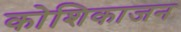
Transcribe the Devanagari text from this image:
कोशिकाजन